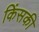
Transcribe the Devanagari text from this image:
किंसकी